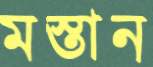
মস্তান